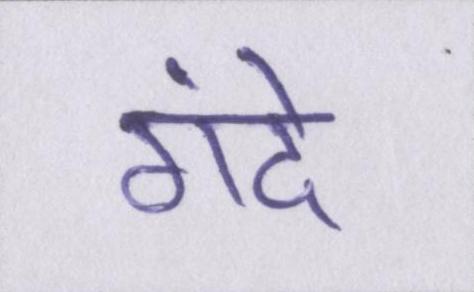
गंदे